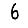
Digit: 6